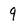
Character: 9